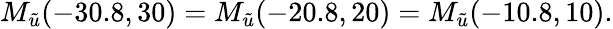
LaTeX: M_{\tilde{u}}(-30.8,30)=M_{\tilde{u}}(-20.8,20)=M_{\tilde{u}}(-10.8,10).